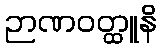
ဉာဏဝတ္ထူနိ